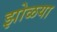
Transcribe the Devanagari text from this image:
झोळया